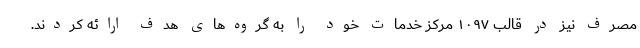
مصرف نیز در قالب ۱۰۹۷ مرکز خدمات خود را به گروه‌های هدف ارائه کردند.